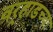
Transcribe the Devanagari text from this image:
वर्‍हाडच्या